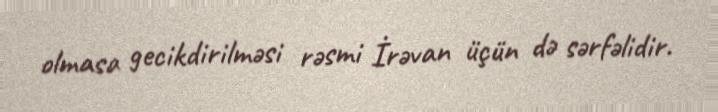
olmasa gecikdirilməsi rəsmi İrəvan üçün də sərfəlidir.